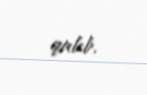
qalıb.